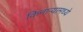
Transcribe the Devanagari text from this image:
किनाऱ्यामध्ये